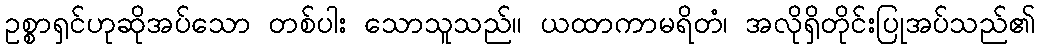
ဥစ္စာရှင်ဟုဆိုအပ်သော တစ်ပါး သောသူသည်။ ယထာကာမရိတံ၊ အလိုရှိတိုင်းပြုအပ်သည်၏